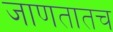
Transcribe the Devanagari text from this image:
जाणतातच